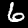
Digit: 6